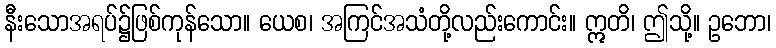
နီးသောအရပ်၌ဖြစ်ကုန်သော။ ယေစ၊ အကြင်အသံတို့လည်းကောင်း။ ဣတိ၊ ဤသို့။ ဥဘော၊